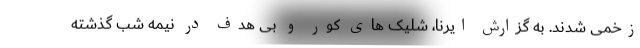
زخمی شدند. به گزارش ایرنا، شلیک های کور و بی هدف در نیمه شب گذشته